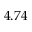
4 . 7 4